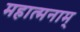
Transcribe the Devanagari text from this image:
महात्मनाम्